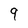
Character: 9